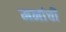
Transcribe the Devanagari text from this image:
मनांची